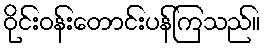
ဝိုင်းဝန်းတောင်းပန်ကြသည်။